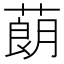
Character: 蓢